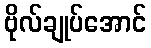
ဗိုလ်ချုပ်အောင်